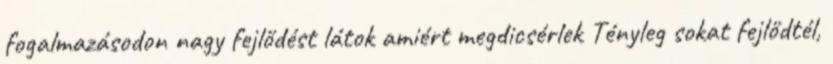
fogalmazásodon nagy fejlődést látok amiért megdicsérlek Tényleg sokat fejlődtél,